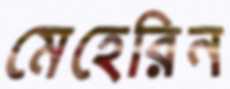
মেহেরিন